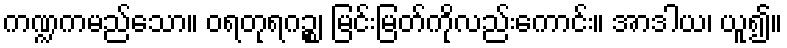
ကဏ္ဍကမည်သော။ ဝရတုရဂဉ္စ၊ မြင်းမြတ်ကိုလည်းကောင်း။ အာဒါယ၊ ယူ၍။